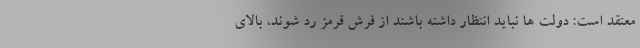
معتقد است: دولت ها نباید انتظار داشته باشند از فرش قرمز رد شوند، بالای